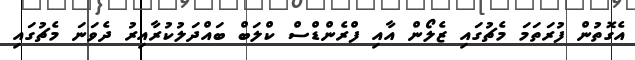
އެގޮތުން ފުރަތަމަ މެޗުގައި ޒެލޯން އާއި ފްރެންޑްސް ކްލަބް ބައްދަލުކުރާއިރު ދެވަނަ މެޗުގައި